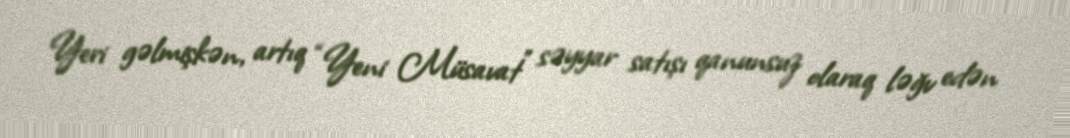
Yeri gəlmişkən, artıq “Yeni Müsavat” səyyar satışı qanunsuz olaraq ləğv edən